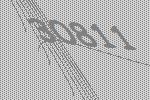
30811